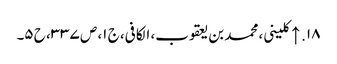
۱۸. ↑ کلینی، محمد بن یعقوب، الکافی، ج ۱، ص ۳۳۷، ح ۵۔